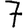
Digit: 7